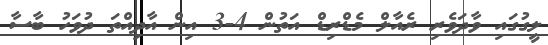
ލީގުގައި ވާދަވެރި ރެއާލް މެޑްރިޑް އަތުން 4-3 އިން އާދިއްތަ ދުވަހު ބާސާ